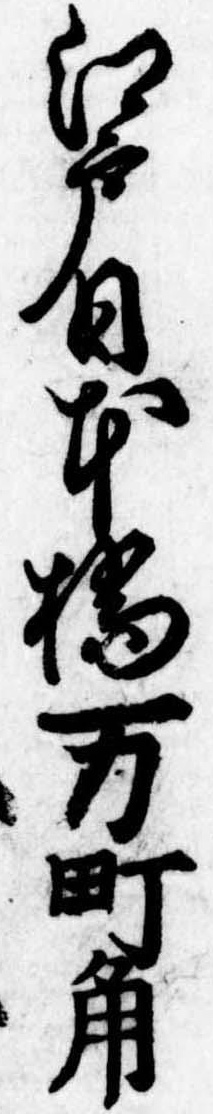
江戸日本橋万町角